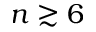
n \gtrsim 6